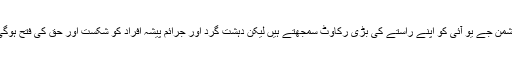
دشمن جے یو آئی کو اپنے راستے کی بڑی رکاوٹ سمجھتے ہیں لیکن دہشت گرد اور جرائم پیشہ افراد کو شکست اور حق کی فتح ہوگی۔